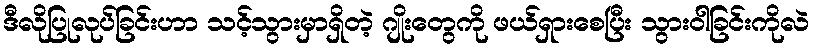
ဒီလိုပြုလုပ်ခြင်းဟာ သင့်သွားမှာရှိတဲ့ ဂျိုးတွေကို ဖယ်ရှားစေပြီး သွားဝါခြင်းကိုလဲ